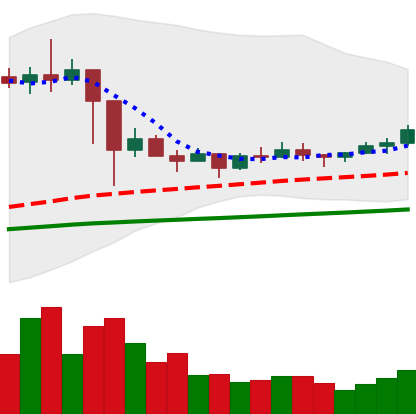
Ticker: ETC-USD
Chart end date: 2021-03-09
Forward return: 3.08%
Label: up_3_5